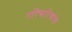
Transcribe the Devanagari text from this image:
परिचारिकांचा